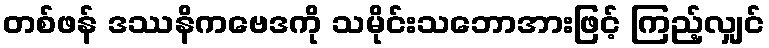
တစ်ဖန် ဒဿနိကဗေဒကို သမိုင်းသဘောအားဖြင့် ကြည့်လျှင်